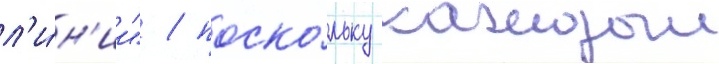
л'и́н'ии" / поско́льку каждыи